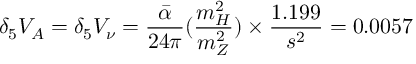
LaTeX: \delta _ { 5 } V _ { A } = \delta _ { 5 } V _ { \nu } = \frac { \bar { \alpha } } { 2 4 \pi } ( \frac { m _ { H } ^ { 2 } } { m _ { Z } ^ { 2 } } ) \times \frac { 1 . 1 9 9 } { s ^ { 2 } } = 0 . 0 0 5 7